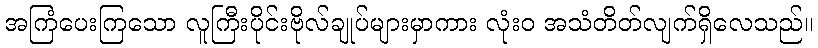
အကြံပေးကြသော လူကြီးပိုင်းဗိုလ်ချုပ်များမှာကား လုံးဝ အသံတိတ်လျက်ရှိလေသည်။